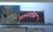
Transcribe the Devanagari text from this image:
रतनादेसर